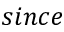
s i n c e